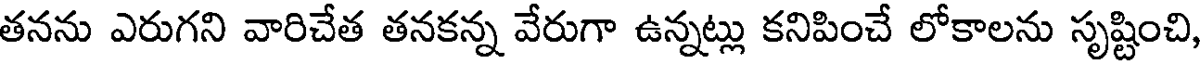
తనను ఎరుగని వారిచేత తనకన్న వేరుగా ఉన్నట్లు కనిపించే లోకాలను సృష్టించి,